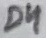
Text: D4